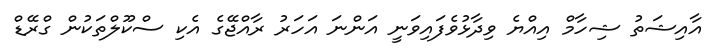
އާއިޝަތު ޝިހާމް އިއްޔެ ވިދާޅުވެފައިވަނީ އަންނަ އަހަރު ރާއްޖޭގެ އެކި ސްކޫލްތަކުން ގްރޭޑް